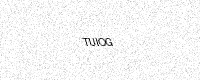
Text: TUIOG